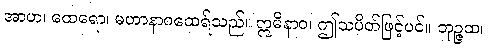
အာဟ၊ ထေရော၊ မဟာနာဂထေရ်သည်။ ဣမိနာဝ၊ ဤသပိတ်ဖြင့်ပင်။ ဘုဉ္ဇထ၊